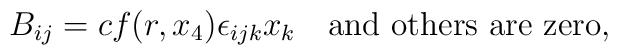
B_{ij}=cf(r,x_4)\epsilon_{ijk}x_k \quad \mbox{and\ others are zero},